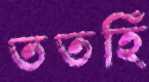
ততহিঁঁ